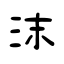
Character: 沫